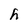
Character: h